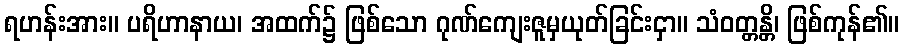
ရဟန်းအား။ ပရိဟာနာယ၊ အထက်၌ ဖြစ်သော ဂုဏ်ကျေးဇူမှယုတ်ခြင်းငှာ။ သံဝတ္တန္တိ၊ ဖြစ်ကုန်၏။